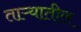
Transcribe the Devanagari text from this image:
ताऱ्यातील